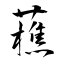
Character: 藮